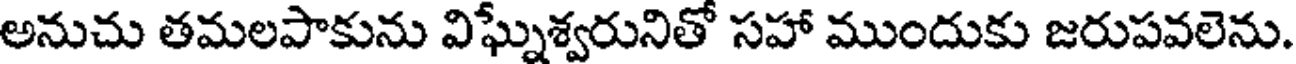
అనుచు తమలపాకును విఘ్నశ్వరునితో సహా ముందుకు జరుపవలెను.